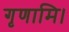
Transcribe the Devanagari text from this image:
गृणामि।